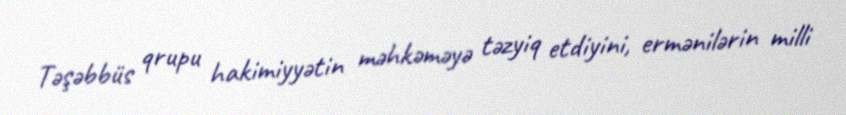
Təşəbbüs qrupu hakimiyyətin məhkəməyə təzyiq etdiyini, ermənilərin milli